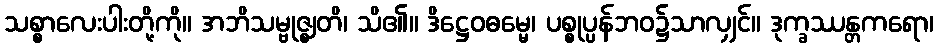
သစ္စာလေးပါးတို့ကို။ အဘိသမ္ဗုဇ္ဈတိ၊ သိ၏။ ဒိဋ္ဌေဝဓမ္မေ၊ ပစ္စုပ္ပန်ဘဝ၌သာလျှင်။ ဒုက္ခဿန္တကရော၊